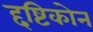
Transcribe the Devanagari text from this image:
द्दष्टिकोन